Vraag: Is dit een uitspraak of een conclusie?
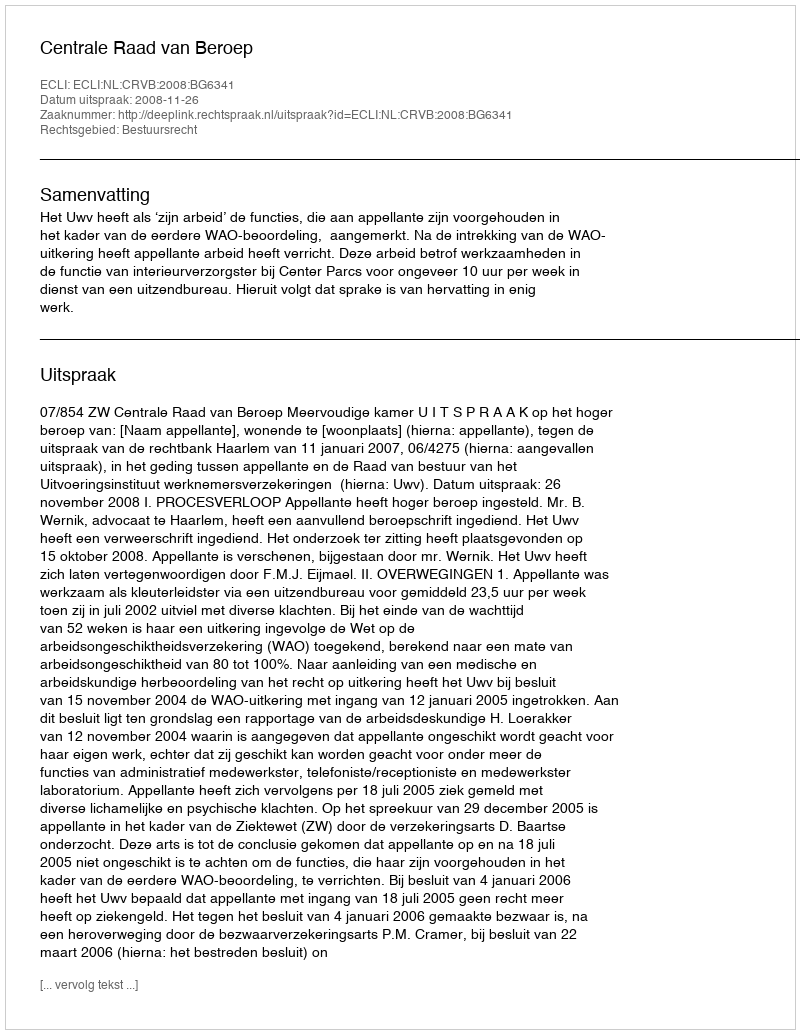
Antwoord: Uitspraak